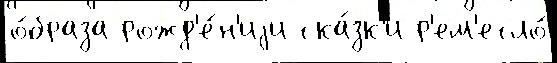
о́браза рожд'е́н'иjи ска́зк'и р'ем'есло́